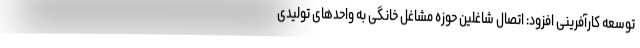
توسعه کارآفرینی افزود: اتصال شاغلین حوزه مشاغل خانگی به واحدهای تولیدی